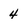
Character: 4